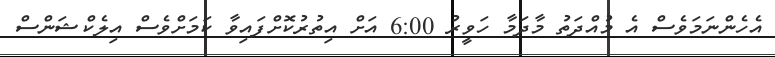
އެހެންނަމަވެސް އެ މުއްދަތު މާދަމާ ހަވީރު 6:00 އަށް އިތުރުކޮށްފައިވާ ކަމަށްވެސް އިލެކްޝަންސް